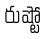
రుష్టో